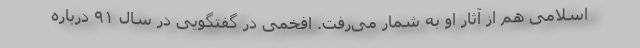
اسلامی هم از آثار او به شمار می‌رفت. افخمی در گفتگویی در سال ۹۱ درباره